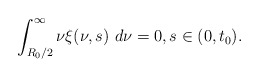
\begin{align*} \int_{R_{0}/2}^{\infty}\nu\xi(\nu,s)\ d\nu=0,s\in(0, t_{0}). \end{align*}